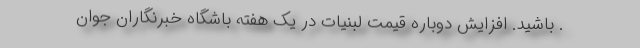
. باشید. افزایش دوباره قیمت لبنیات در یک هفته باشگاه خبرنگاران جوان